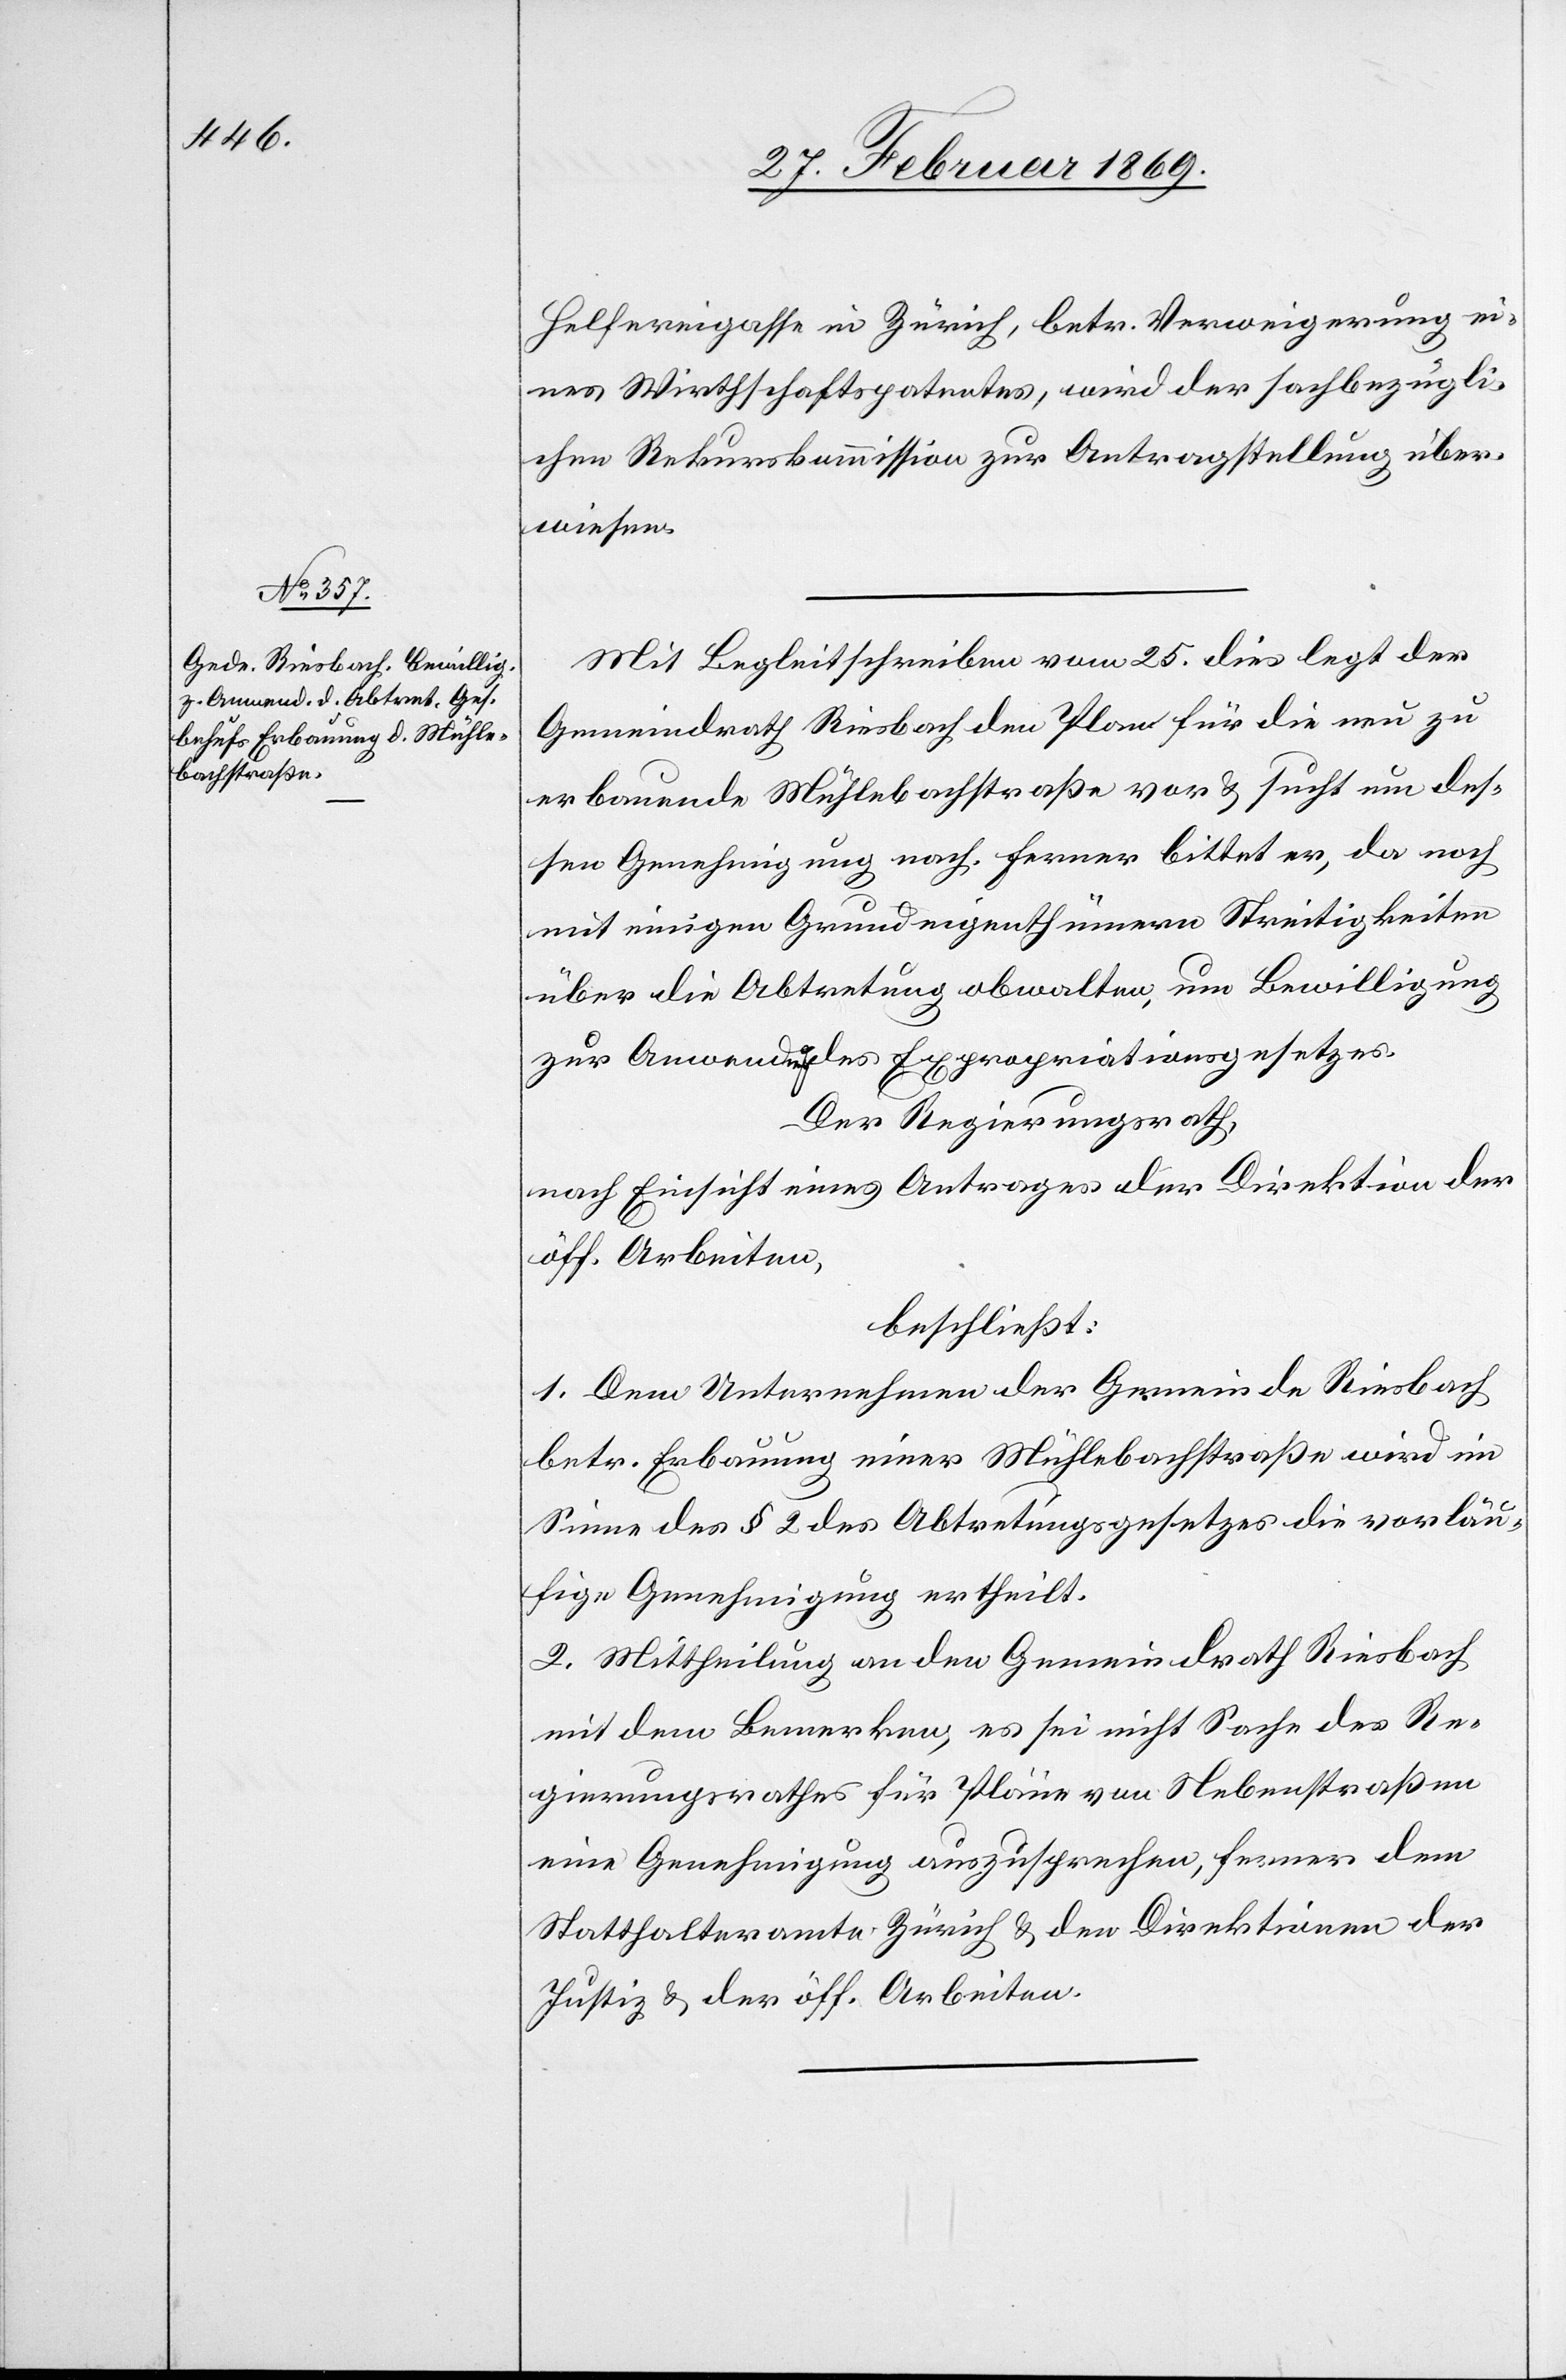
Helfereigasse in Zürich, betr. Verweigerung ei¬
nes Wirthschaftspatentes, wird der sachbezügli¬
chen Rekurskommission zur Antragstellung über¬
wiesen.
Mit Begleitschreiben vom 25. dies legt der
Gemeindrath Riesbach den Plan für die neu zu
erbauende Mühlebachstraße vor & sucht um des¬
sen Genehmigung nach. Ferner bittet er, da noch
mit einigen Grundeigenthümern Streitigkeiten
über die Abtretung obwalten, um Bewilligung
zur Anwendung des Expropriationsgesetzes.
Der Regierungsrath,
nach Einsicht eines Antrages der Direktion der
öff. Arbeiten,
beschließt:
1. Dem Unternehmen der Gemeinde Riesbach
betr. Erbauung einer Mühlebachstraße wird im
Sinne des § 2 des Abtretungsgesetzes die vorläu¬
fige Genehmigung ertheilt.
2. Mittheilung an den Gemeindrath Riesbach
mit dem Bemerken, es sei nicht Sache des Re¬
gierungsrathes für Pläne von Nebenstraßen
eine Genehmigung auszusprechen, ferner dem
Statthalteramte Zürich & den Direktionen der
Justiz & der öff. Arbeiten.